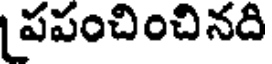
పపంచించినది